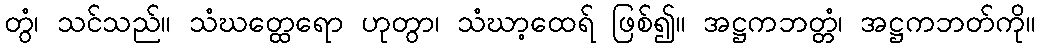
တွံ၊ သင်သည်။ သံဃတ္ထေရော ဟုတွာ၊ သံဃာ့ထေရ် ဖြစ်၍။ အဋ္ဌကဘတ္တံ၊ အဋ္ဌကဘတ်ကို။